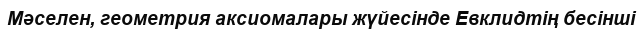
Мәселен, геометрия аксиомалары жүйесінде Евклидтің бесінші